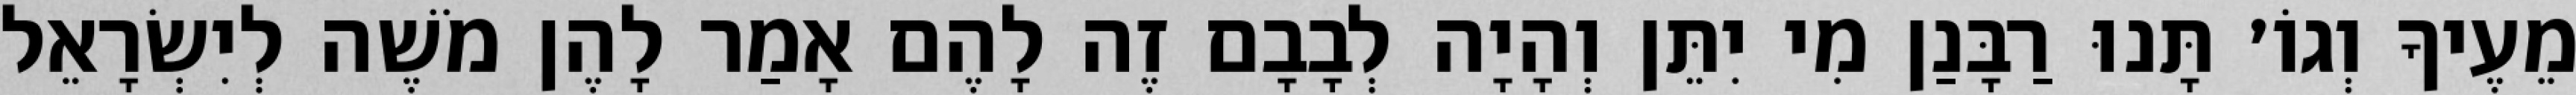
מֵעֶיךָ וְגוֹ׳ תָּנוּ רַבָּנַן מִי יִתֵּן וְהָיָה לְבָבָם זֶה לָהֶם אָמַר לָהֶן מֹשֶׁה לְיִשְׂרָאֵל